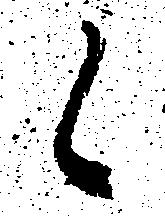
候